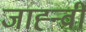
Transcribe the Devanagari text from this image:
जाह्न्वी